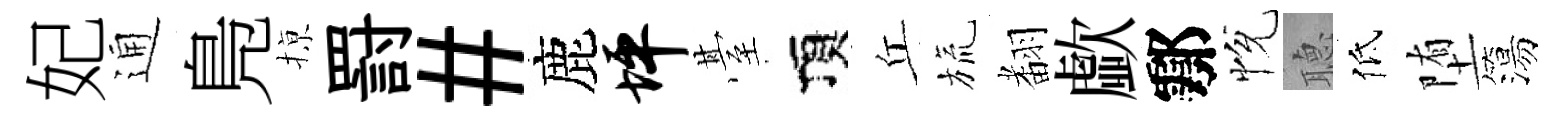
妃通鳬𢱊罸#鹿坪䑓頂丘旒𮋒歔鄠恱𦗟低堕簜